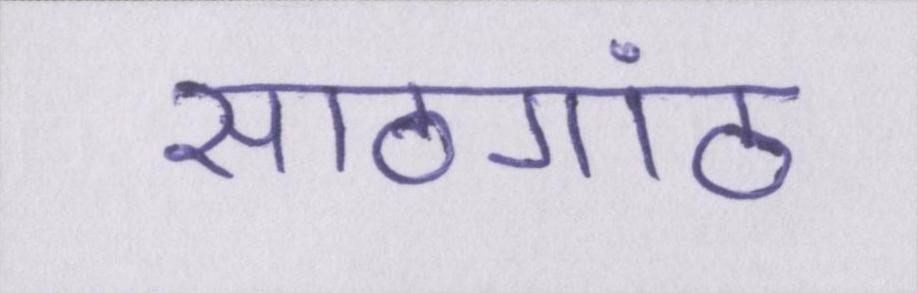
साठगांठ